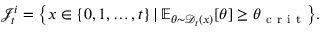
\mathcal { J } _ { t } ^ { i } = \big \{ x \in \{ 0 , 1 , \ldots , t \} \, | \, \mathbb { E } _ { \theta \sim \mathcal { D } _ { t } ( x ) } [ \theta ] \geq \theta _ { \mathrm { ~ c ~ r ~ i ~ t ~ } } \big \} .